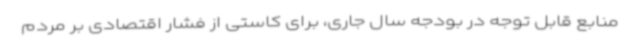
منابع قابل توجه در بودجه سال جاری، برای کاستی از فشار اقتصادی بر مردم